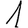
Digit: 1